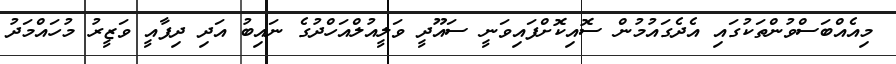
މިއެއްބަސްވުންތަކުގައި އެދެގައުމުން ސޮއިކޮށްފައިވަނީ ސައޫދީ ވަލީއުލްއަހްދުގެ ނައިބު އަދި ދިފާއީ ވަޒީރު މުހައްމަދު